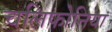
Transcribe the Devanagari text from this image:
चलिफोनिया